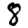
Digit: 8